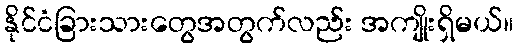
နိုင်ငံခြားသားတွေအတွက်လည်း အကျိုးရှိမယ်။